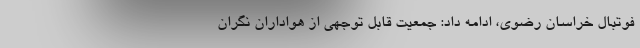
فوتبال خراسان رضوی، ادامه داد: جمعیت قابل توجهی از هواداران نگران